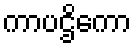
ကာပဌိကော